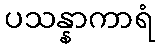
ပသန္နာကာရံ